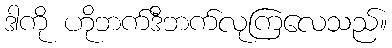
ဒါကို ဟိုဘက်ဒီဘက်လုကြလေသည်။